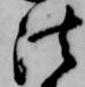
法